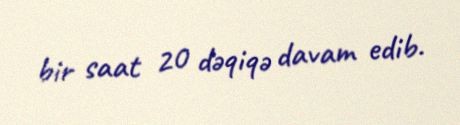
bir saat 20 dəqiqə davam edib.